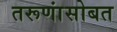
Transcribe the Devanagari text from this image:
तरूणांसोबत